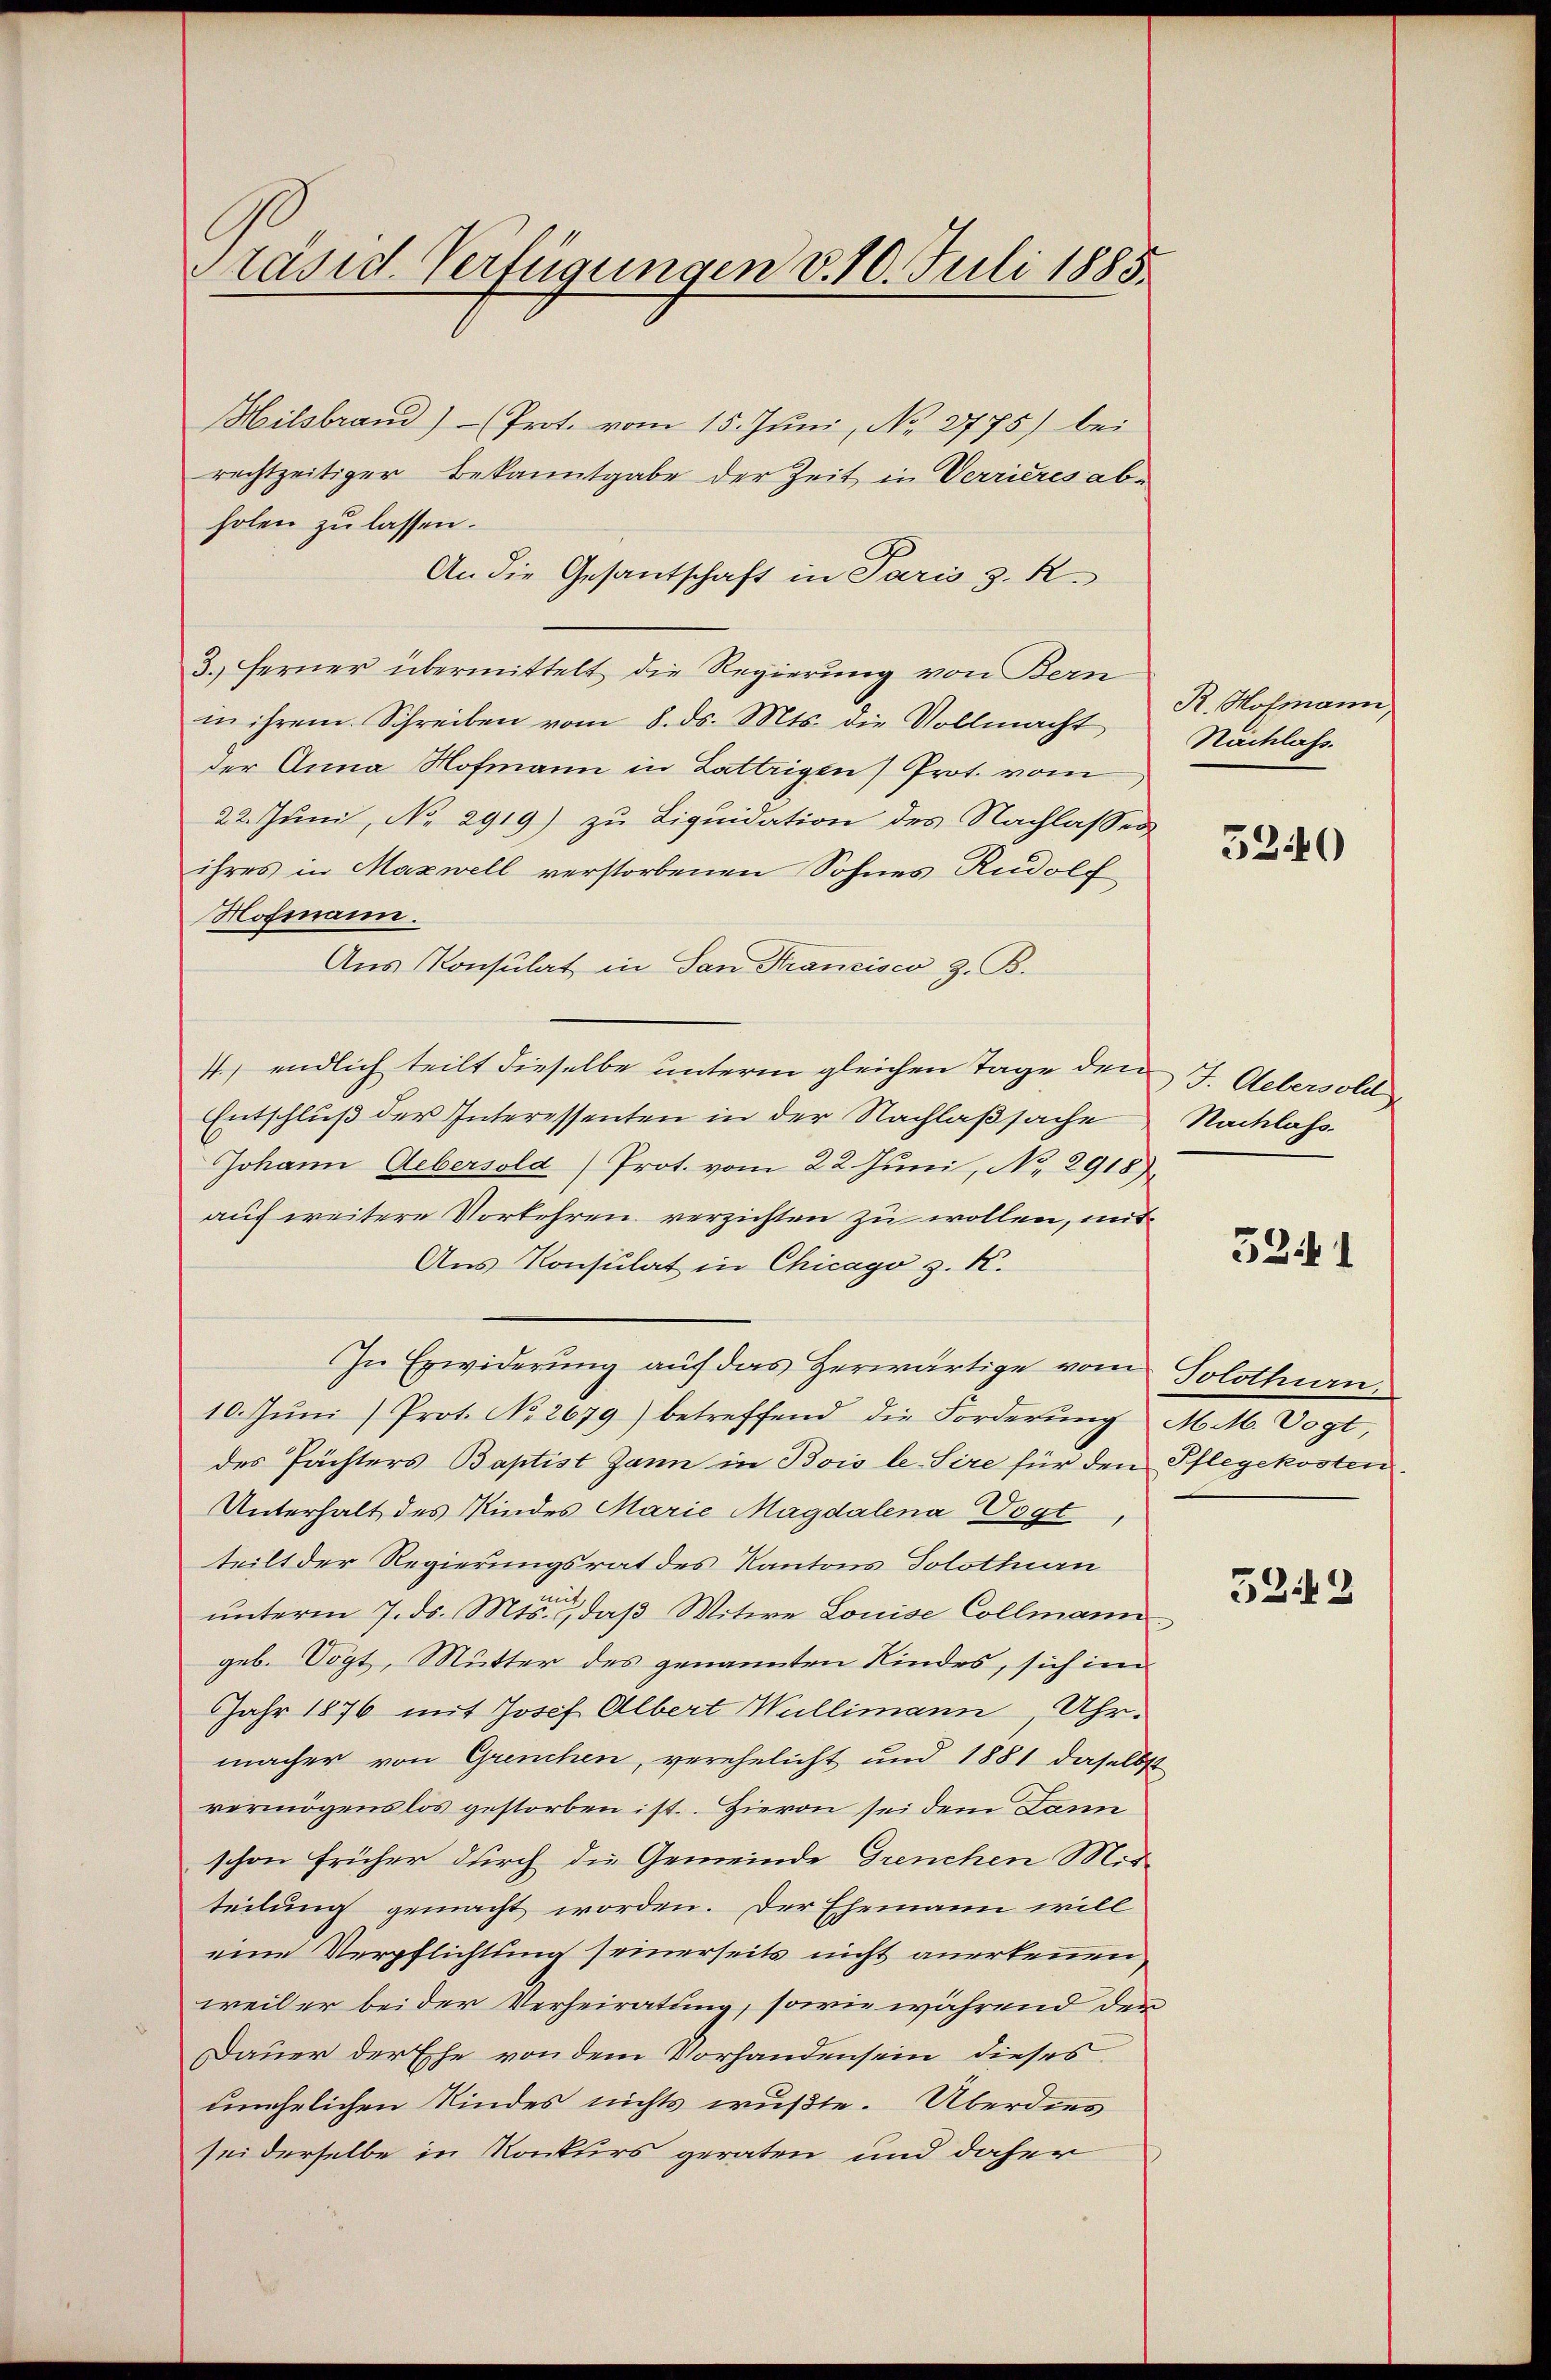
Präsid. Verfügungen v. 10. Juli 1885.

Heilsbrand) Prot. vom 15. Juni, No. 2775) bei
rechtzeitiger Bekanntgabe der Zeit in Verrieres abholen zu lassen.
An die Gesandschaft in Paris z. R.
3. Ferner übermittelt die Regierung von Bern
in ihrem Schreiben vom 8. ds. Mts. die Vollmacht
der Anna Hofmann in Lattrigen Prot. vom
22. Juni, No. 2919) zu Liquidation des Nachlassen
ihres in Maxwell verstorbenen Sohnes Rudolf
Hofmann.
Aus Konsulat in San Francisco z. B.
4.) endlich teilt dieselbe unterm gleichen Tage den J. Aebersold
Entschlŭβ der Interessenten in der Nachlaßsache Nachlass
Johann Uebersold) Prot. vom 22. Juni, No 2918).
auf weitere Vorkehren verzichten zu wollen, mit
Aus Konsulat in Chicago z. K.
In Erwiderung auf das herwärtige vom Solothurn.
10. Jŭni Prot. No. 2679) betreffend die Forderŭng M. M. Vogt,
des Pächters Baptist dann in Bois le. Sire für den Pflegekosten¬
Unterhalt des Kindes Marie Magdalena Vogt,
teilt der Regierungsrat des Kantons Solothurn
mit
unterm 7. ds. Mts., daß Witwe Louise Collmann
geb. Vogt, Mutter des genannten Kindes, sich im
Jahr 1876 mit Josef Albert Wullimann, Uhr-
macher von Grenchen, verehelicht und 1881 daselbst
vermögenslos gestorben ist. Hievon sei dem Dann
schon früher durch die Gemeinde Grenchen Mir-
teilung gemacht worden. Der Ehemann will
eine Verpflichtung seinerseits nicht anerkennen
weil er bei der Verheiratung, sowie während den
Dauer der Ehe von dem Vorhandensein dieses
umehrlichen Kindes nichts wußte. Überdies
sei derselbe in Konkurs geraten und daher

R. Hofmann,
Nachlass.

5240

5241

5242